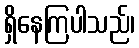
ရှိနေကြပါသည်၊